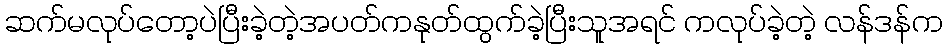
ဆက်မလုပ်တော့ပဲပြီးခဲ့တဲ့အပတ်ကနုတ်ထွက်ခဲ့ပြီးသူအရင် ကလုပ်ခဲ့တဲ့ လန်ဒန်က